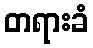
တရားခံ